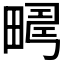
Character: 𤲮